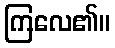
ကြလေ၏။